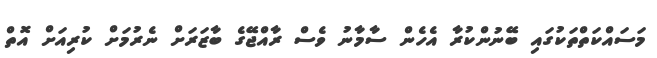
މަސައްކަތްތަކުގައި ބޭނުންކުރާ އެހެން ސާމާނު ވެސް ރާއްޖޭގެ ބާޒަރަށް ނެރުމަށް ކުރިއަށް އޮތް